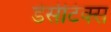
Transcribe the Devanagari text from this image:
डेसीटेक्स